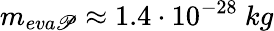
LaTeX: m_{eva\mathscr{P}}\approx1.4\cdot10^{-28}~kg